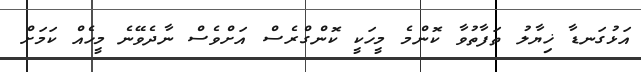
އަޅުގަނޑާ ޚިޔާލު ތަފާތުވާ ކޮންމެ މީހަކީ ކޮންގްރެސް އަށްވެސް ނާދެވޭނެ މީހެއް ކަމަށް